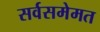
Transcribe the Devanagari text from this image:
सर्वसमेमत